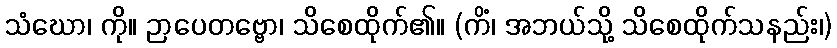
သံဃော၊ ကို။ ဉာပေတဗ္ဗော၊ သိစေထိုက်၏။ (ကိံ၊ အဘယ်သို့ သိစေထိုက်သနည်း၊)